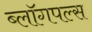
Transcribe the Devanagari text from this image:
ब्लॉगपल्स